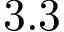
3 . 3